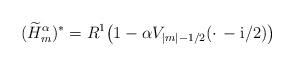
LaTeX: \begin{align*} (\widetilde H_m^\alpha)^*= R^1\big(1 -\alpha V_{|m| -1/2}(\cdot\, -\mathrm i/2)\big)\end{align*}